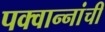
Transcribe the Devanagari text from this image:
पक्वान्‍नांची